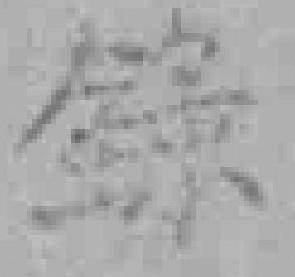
錄